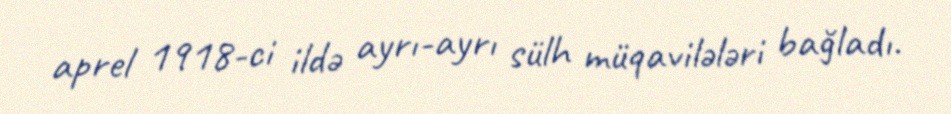
aprel 1918-ci ildə ayrı-ayrı sülh müqavilələri bağladı.